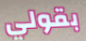
بقولي